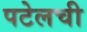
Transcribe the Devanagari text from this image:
पटेलची